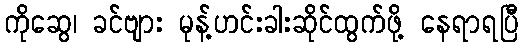
ကိုဆွေ၊ ခင်ဗျား မုန့်ဟင်းခါးဆိုင်ထွက်ဖို့ နေရာရပြီ